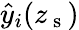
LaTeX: \hat{y}_{i}(z_{\mathrm{~s~}})